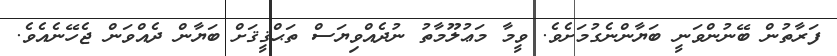
ފަރާތުން ބޭނުންވަނީ ބަޔާންނެގުމަށެވެ. ވީމާ މަޢުލޫމާތު ނުދެއްވިޔަސް ތަޙްޤީޤަށް ބަޔާން ދެއްވަން ޖެހޭނެއެވެ.